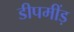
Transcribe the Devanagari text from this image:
डीपमींड़